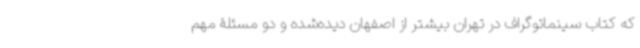
که کتاب سینماتوگراف در تهران بیشتر از اصفهان دیده‌شده و دو مسئلۀ مهم